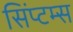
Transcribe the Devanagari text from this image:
सिंप्टम्स